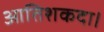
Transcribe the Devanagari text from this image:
आतिशकदा।